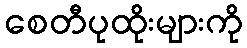
စေတီပုထိုးများကို